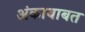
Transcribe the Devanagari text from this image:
अंकाबाबत